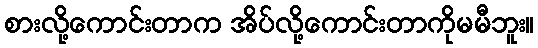
စားလို့ကောင်းတာက အိပ်လို့ကောင်းတာကိုမမီဘူး။